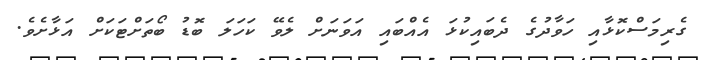
ގެރިމަސްކޮޅާއި ހަވާދުގެ ދެބައިކުޅަ އެއްބައި އަވަނަށް ލެވޭ ކަހަލަ ބޮޑު ބޯތަށްޓަކަށް އަޅާށެވެ.